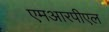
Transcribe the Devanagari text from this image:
एमआरपीएल